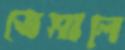
ভেসালে